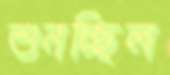
শুনচ্ছিল